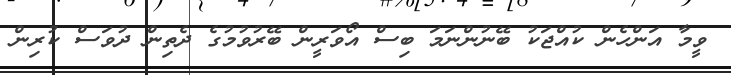
ވީމާ އަންހެން ކުއްޖަކު ބޭނުންނަމަ ބިސް އޯވަރީން ބޭރުވުމުގެ ދެތިިން ދުވަސް ކުރިން